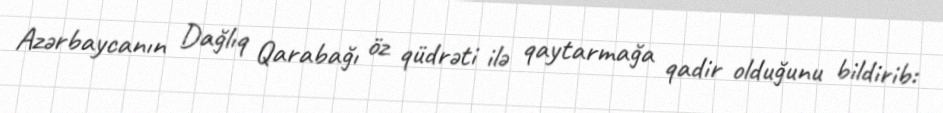
Azərbaycanın Dağlıq Qarabağı öz qüdrəti ilə qaytarmağa qadir olduğunu bildirib: